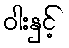
ဝါးနှင့်